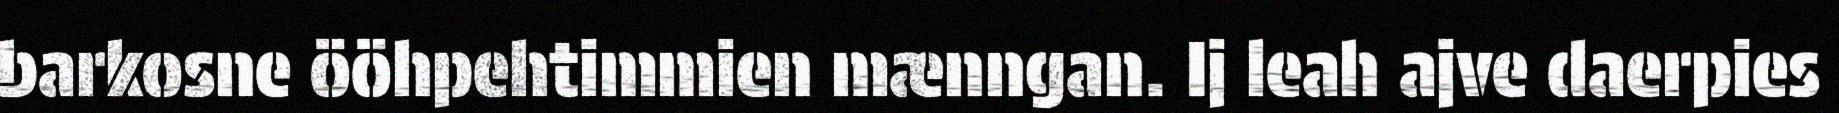
barkosne ööhpehtimmien mænngan. Ij leah ajve daerpies